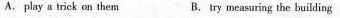
A. play a trick on them B. try measuring the building